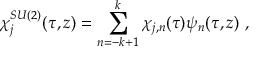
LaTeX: \chi _ { j } ^ { S U ( 2 ) } ( \tau , z ) = \sum _ { n = - k + 1 } ^ { k } \chi _ { j , n } ( \tau ) \psi _ { n } ( \tau , z ) ~ ,